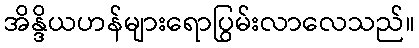
အိန္ဒိယဟန်များရောပြွမ်းလာလေသည်။